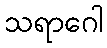
သရာဂေါ